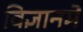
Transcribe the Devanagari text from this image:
विज्ञानमें